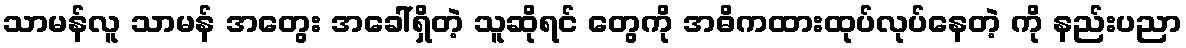
သာမန်လူ သာမန် အတွေး အခေါ်ရှိတဲ့ သူဆိုရင် တွေကို အဓိကထားထုပ်လုပ်နေတဲ့ ကို နည်းပညာ